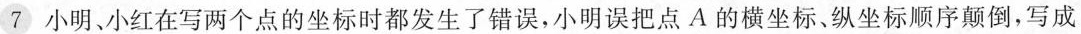
7 小明、小红在写两个点的坐标时都发生了错误，小明误把点A的横坐标、纵坐标顺序颠倒，写成